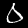
Digit: 0